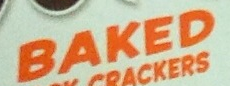
BAKED